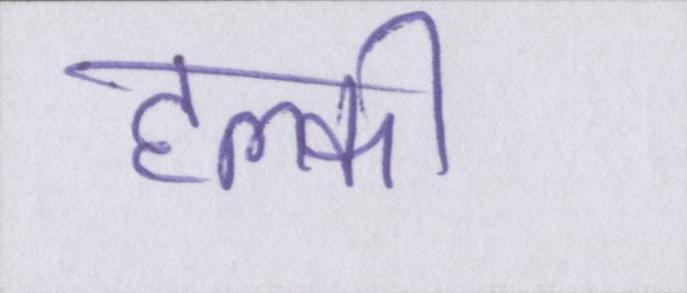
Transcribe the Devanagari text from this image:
हल्की